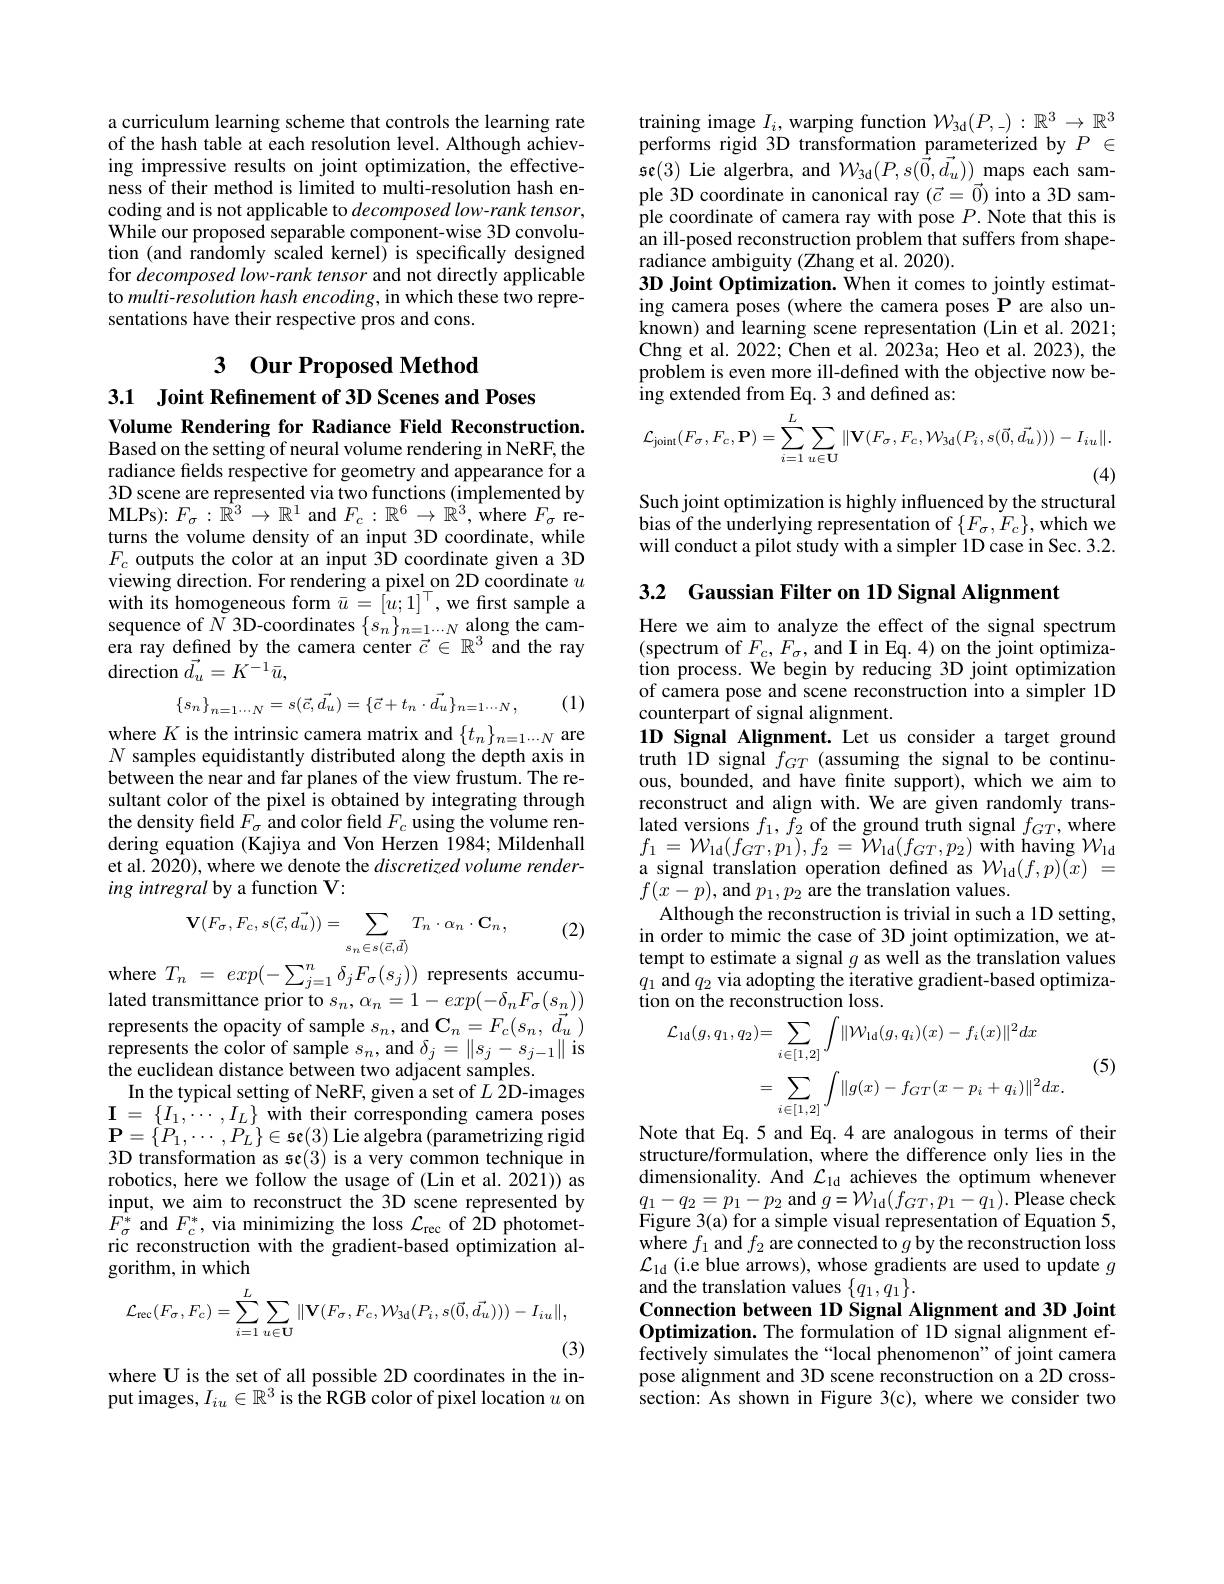
a curriculum learning scheme that controls the learning rate of the hash table at each resolution level. Although achieving impressive results on joint optimization, the effectiveness of their method is limited to multi-resolution hash encoding and is not applicable to $decomposed\textit{low- rank tensor, }$ While our proposed separable component-wise 3D convolution (and randomly scaled kernel) is specifically designed for decomposed low-rank tensor and not directly applicable to multi-resolution hash encoding, in which these two representations have their respective pros and cons.

# 3 Our Proposed Method
3.1 Joint Refinement of 3D Scenes and Poses

Volume Rendering for Radiance Field Reconstruction. Based on the setting of neural volume rendering in NeRF, the radiance felds respective for geometry and appearance for a 3D scene are represented via two functions (implemented by MLPs) : $F_{\sigma }: \overset {{\hat{R} ^{3}}}{\operatorname* { \operatorname* { \mathbb{R} ^{3}} } }\to \mathbb{R} ^{1}$ and $F_c:\mathbb{R}^{6}\to\mathbb{R}^{3}$, where $F_{\sigma}$ returns the volume density of an input 3D coordinate, while $F_c$ outputs the color at an input 3D coordinate given a 3D viewing direction. For rendering a pixel on 2D coordinate $u$ with its homogeneous form $\bar{u}=[u;1]^\top$,we frst sample a sequence of $\tilde{N}$ 3D-coordinates $\{s_n\}_{n=1\cdots N}$ along the camera ray defined by the camera center $\vec{c}\in\mathbb{R}^3$ and the ray ${\mathrm{direction~}\vec{d_{u}}}=K^{-1}\bar{u}$,
$$\{s_n\}_{n=1\cdots N}=s(\vec{c},\vec{d_u})=\{\vec{c}+t_n\cdot\vec{d_u}\}_{n=1\cdots N},$$
(1)

where $K$ is the intrinsic camera matrix and $\{t_n\}_{n=1\cdots N}$ are $N$ samples equidistantly distributed along the depth axis in between the near and far planes of the view frustum. The resultant color of the pixel is obtained by integrating through the density field $F_\sigma$ and color field $F_c$ using the volume rendering equation (Kajiya and Von Herzen 1984; Mildenhall et al. 2020), where we denote the discretized volume rendering intregral by a function V:

(2)
$$\mathbf{V}(F_\sigma,F_c,s(\vec{c},\vec{d_u}))=\sum_{s_n\in s(\vec{c},\vec{d})}T_n\cdot\alpha_n\cdot\mathbf{C}_n,$$
where $T_n$ = $exp( - \sum _{j= 1}^{n}\delta _{j}F_{\sigma }( s_{j}) )$ represents accumulated transmittance prior to $s_n,\alpha_n=1-exp(-\delta_nF_\sigma(s_n))$ represents the opacity of sample $s_n$, and $\mathbf{C}_n=F_c(s_n,\vec{d}_u)$ $\begin{array}{l}\text{represents the color of sample }s_{n},\mathrm{~and~}\delta_{j}=\left\|s_{j}-s_{j-1}\right\|\text{is}\\\text{the euclidean distance between two adjacent samples.}\end{array}$
In the typical setting of NeRF, given a set of $L$ 2D-images $\mathbf{I}=\{I_{1},\cdots,I_{L}\}$with their corresponding camera poses $\mathbf{P}=\{P_{1},\cdots,P_{L}\}\in\mathfrak{se}(3)$Lie algebra $(\tilde{\text{parametrizing rigid}}$ 3D transformation as se(3) is a very common technique in robotics, here we follow the usage of (Lin et al. 2021)) as input, we aim to reconstruct the 3D scene represented by $F_{\sigma}^{\hat{*}}$ and $F_c^*$, via minimizing the loss $\mathcal{L}_\mathrm{rec}$ of 2D photometric reconstruction with the gradient-based optimization algorithm, in which
$$\mathcal{L}_{\mathrm{rec}}(F_{\sigma},F_{c})=\sum_{i=1}^{L}\sum_{u\in\mathbf{U}}\|\mathbf{V}(F_{\sigma},F_{c},\mathcal{W}_{3\mathrm{d}}(P_{i},s(\vec{0},\vec{d_{u}})))-I_{iu}\|,$$
(3)

where U is the set of all possible 2D coordinates in the input images, $I_iu\in\mathbb{R}^3$ is the RGB color of pixel location $u$ on

training image $I_i$, warping function $\mathcal{W}_3$d$(P,\_):\mathbb{R}^3\to\mathbb{R}^3$ performs rigid 3D transformation parameterized by $P\in$ se(3) Lie algerbra, and $W_{3\mathrm{d}}(P,s(\vec{0},\vec{d}_{u}))$ maps each sample 3D coordinate in canonical ray $(\vec{c}=\vec{0})$ into a 3D sample coordinate of camera ray with pose $P.$ Note that this is an ill-posed reconstruction problem that suffers from shape- $\hat{\text{radiance ambiguity(Zhang et al. 2020)}}.$
3D Joint Optimization. When it comes to jointly estimating camera poses (where the camera poses P are also unknown) and learning scene representation (Lin et al.2021; Chng et al. 2022; Chen et al. 2023a; Heo et al. 2023), the problem is even more ill-defined with the objective now be- $\operatorname{ing}$extended from Eq.3 and defined as:
$$\mathcal{L}_{\mathrm{joint}}(F_{\sigma},F_{c},\mathbf{P})=\sum_{i=1}^{L}\sum_{u\in\mathbf{U}}\|\mathbf{V}(F_{\sigma},F_{c},\mathcal{W}_{\mathrm{3d}}(P_{i},s(\vec{0},\vec{d_{u}})))-I_{iu}\|.$$
(4)

Such joint optimization is highly influenced by the structural bias of the underlying representation of $\{F_{\sigma},F_{c}\}$,which we will conduct a pilot study with a simpler 1D case in Sec. 3.2.

3.2 Gaussian Filter on 1D Signal Alignment

Here we aim to analyze the effect of the signal spectrum (spectrum of $F_c,F_{\sigma}$,and I in Eq.4) on the joint optimization process. We begin by reducing 3D joint optimization of camera pose and scene reconstruction into a simpler 1D counterpart of signal alignment.
1D Signal Alignment. Let us consider a target ground truth $\bar{1}$D signal $f_GT$ (assuming the signal to be continuous, bounded, and have finite support), which we aim to reconstruct and align with. We are given randomly trans- $\begin{array}{l}{\text{lated versions }f_{1},f_{2}\text{ of the ground truth signal }f_{GT},\mathrm{where}}\\{f_{1}=\mathcal{W}_{\mathrm{ld}}(f_{GT},p_{1}),f_{2}=\mathcal{W}_{\mathrm{ld}}(f_{GT},p_{2})\mathrm{~with~having~}\mathcal{W}_{\mathrm{ld}}}\end{array}$ a signal translation operation defined as $\mathcal{W}_{\mathrm{ld}}(f,p)\tilde{(x)}=$ $f(x-p)$,and $p_1,p_{2}$ are the translation values.
Although the reconstruction is trivial in such a 1D setting, in order to mimic the case of 3D joint optimization, we attempt to estimate a signal $g$ as well as the translation values $\begin{array}{l}q_{1}\text{ and }q_{2}\text{ via adopting the iterative gradient-based optimiza-}\\\text{tion on the reconstruction loss.}\end{array}$
$$\begin{aligned}\mathcal{L}_{\mathrm{ld}}(g,q_{1},q_{2})&=\sum_{i\in[1,2]}\int\|\mathcal{W}_{\mathrm{ld}}(g,q_{i})(x)-f_{i}(x)\|^{2}dx\\&=\sum_{i\in[1,2]}\int\|g(x)-f_{GT}(x-p_{i}+q_{i})\|^{2}dx.\\\end{aligned}$$
(5)

Note that Eq.5 and Eq.4 are analogous in terms of their

structure/formulation, where the difference only lies in the dimensionality. And $\mathcal{L}_\mathrm{ld}$ achieves the optimum whenever $q_{1}-q_{2}=p_{1}-p_{2}$and$g=\mathcal{W}_{\mathrm{ld}}(f_{GT},p_{1}-q_{1}).$Please check Figure 3(a) for a simple visual representation of Equation 5, where $f_1$ and $f_2$ are connected to $g$ by the reconstruction loss $\mathcal{L}_{1\text{d (i.e blue arrows), whose gradients are used to update }g}$ and the translation values $\{q_{1},q_{1}\}.$
Connection between 1D Signal Alignment and 3D Joint Optimization. The formulation of 1D signal alignment effectively simulates the“local phenomenon” of joint camera pose alignment and 3D scene reconstruction on a 2D crosssection: As shown in Figure 3(c), where we consider two